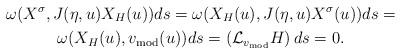
LaTeX: \begin{gather*}\omega (X^{\sigma} , J(\eta,u) X_H(u) ) ds = \omega(X_H(u) , J(\eta,u) X^{\sigma}(u)) ds = \\ \omega(X_H(u), v_{\mathrm{mod}}(u)) ds = \left(\mathcal{L}_{v_{\mathrm{mod}}} H \right) ds = 0 .\end{gather*}